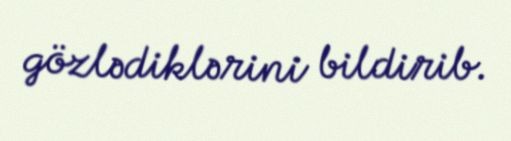
gözlədiklərini bildirib.